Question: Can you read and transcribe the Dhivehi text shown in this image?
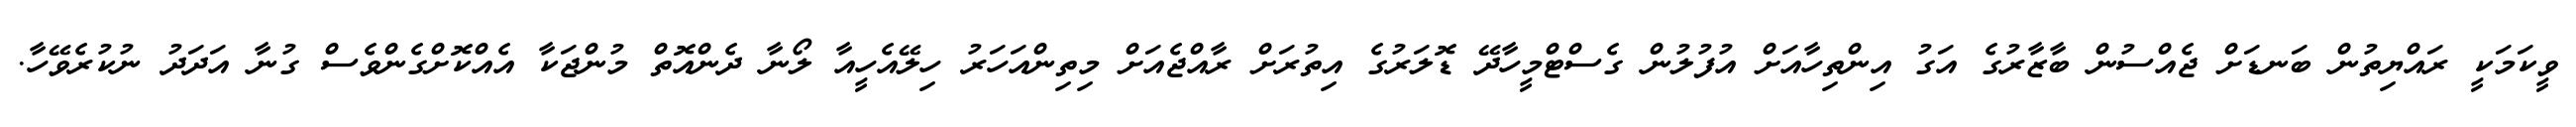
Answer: ވީކަމަކީ ރައްޔިތުން ބަނޑަށް ޖެއްސުން ބާޒާރުގެ އަގު އިންތިހާއަށް އުފުލުން ގެސްޓްމީހާދޭ ޑޮލަރުގެ އިތުރަށް ރާއްޖެއަށް މިތިންއަހަރު ހިލޭއެހީއާ ލޯނާ ދެންއޮތް މުންޖަކާ އެއްކޮށްގެންވެސް ގުނާ އަދަދު ނުކުރެވޭހާ.